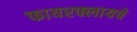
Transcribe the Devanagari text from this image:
फायरफ्लायचे